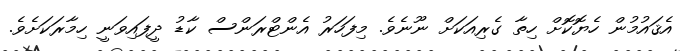
އެޤައުމުން ހެޔޮކޮށް ހިތާ ގެރިއަކަށް ނޫނެވެ. މިފަހަރު އެންޓްރަންސް ކާޑު ދީފައިވަނީ ހިމާރަކަށެވެ.